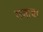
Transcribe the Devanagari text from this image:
गजाचा